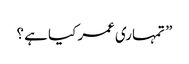
” تمہاری عمر کیا ہے ؟